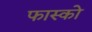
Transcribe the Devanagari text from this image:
फास्को